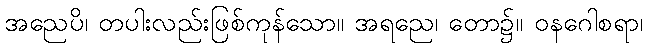
အညေပိ၊ တပါးလည်းဖြစ်ကုန်သော။ အရညေ၊ တော၌။ ဝနဂေါစရာ၊